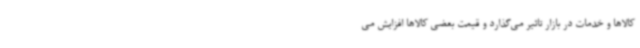
کالاها و خدمات در بازار تاثیر می‌گذارد و قیمت بعضی کالاها افزایش می